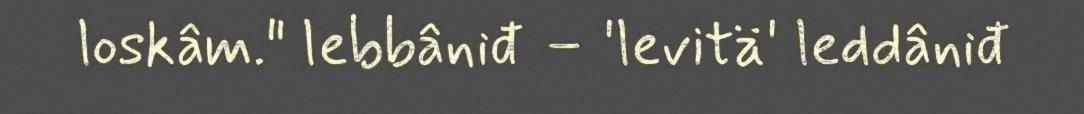
loskâm." lebbâniđ – 'levitä' leddâniđ